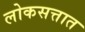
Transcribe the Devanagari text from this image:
लोकसत्तात